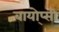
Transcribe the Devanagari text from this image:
बायो्प्सी